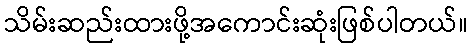
သိမ်းဆည်းထားဖို့အကောင်းဆုံးဖြစ်ပါတယ်။